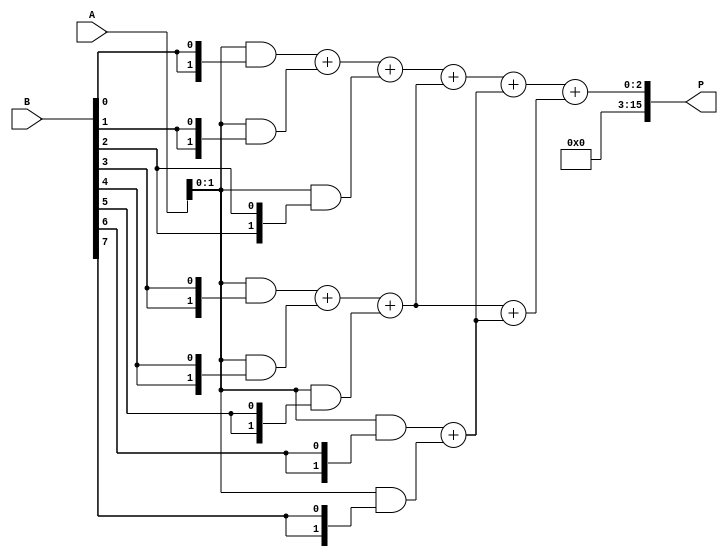
module scalable_wallace_tree_multiplier #(parameter N = 8) (
    input  wire [N-1:0] A,  // First operand
    input  wire [N-1:0] B,  // Second operand
    output wire [2*N-1:0] P // Product output
);

    // Generate Partial Products
    wire [N-1:0] pp [0:N-1]; // Partial products
    genvar i;
    generate
        for (i = 0; i < N; i = i + 1) begin : partial_product_gen
            assign pp[i] = A & {N{B[i]}}; // ANDing A with each bit of B
        end
    endgenerate

    // Wallace Tree Reduction
    wire [N-1:0] sum [0:N-1]; // Sum outputs from CSAs
    wire [N-1:0] carry [0:N-1]; // Carry outputs from CSAs
    wire [N-1:0] final_sum, final_carry;

    // Level 1: CSA for the first three rows of partial products
    generate
        for (i = 0; i < N-1; i = i + 3) begin : CSA_level1
            if (i + 2 < N) begin
                // Three inputs to CSA
                assign {carry[i/3], sum[i/3]} = pp[i] + pp[i+1] + pp[i+2];
            end else if (i + 1 < N) begin
                // Two inputs to CSA
                assign {carry[i/3], sum[i/3]} = pp[i] + pp[i+1];
            end else begin
                // Single input
                assign sum[i/3] = pp[i];
                assign carry[i/3] = 0;
            end
        end
    endgenerate

    // Level 2: CSA for the next level of sums and carries
    generate
        for (i = 0; i < (N+2)/3; i = i + 1) begin : CSA_level2
            if (i + 2 < (N+2)/3) begin
                assign {final_carry[i], final_sum[i]} = sum[i] + sum[i+1] + sum[i+2];
            end else if (i + 1 < (N+2)/3) begin
                assign {final_carry[i], final_sum[i]} = sum[i] + sum[i+1];
            end else begin
                assign final_sum[i] = sum[i];
                assign final_carry[i] = 0;
            end
        end
    endgenerate

    // Final Carry Propagation Adder (CPA)
    wire [2*N-1:0] final_result;
    assign final_result = {final_carry[0], final_sum[0]} + {final_carry[1], final_sum[1]};

    // Assign output
    assign P = final_result;

endmodule